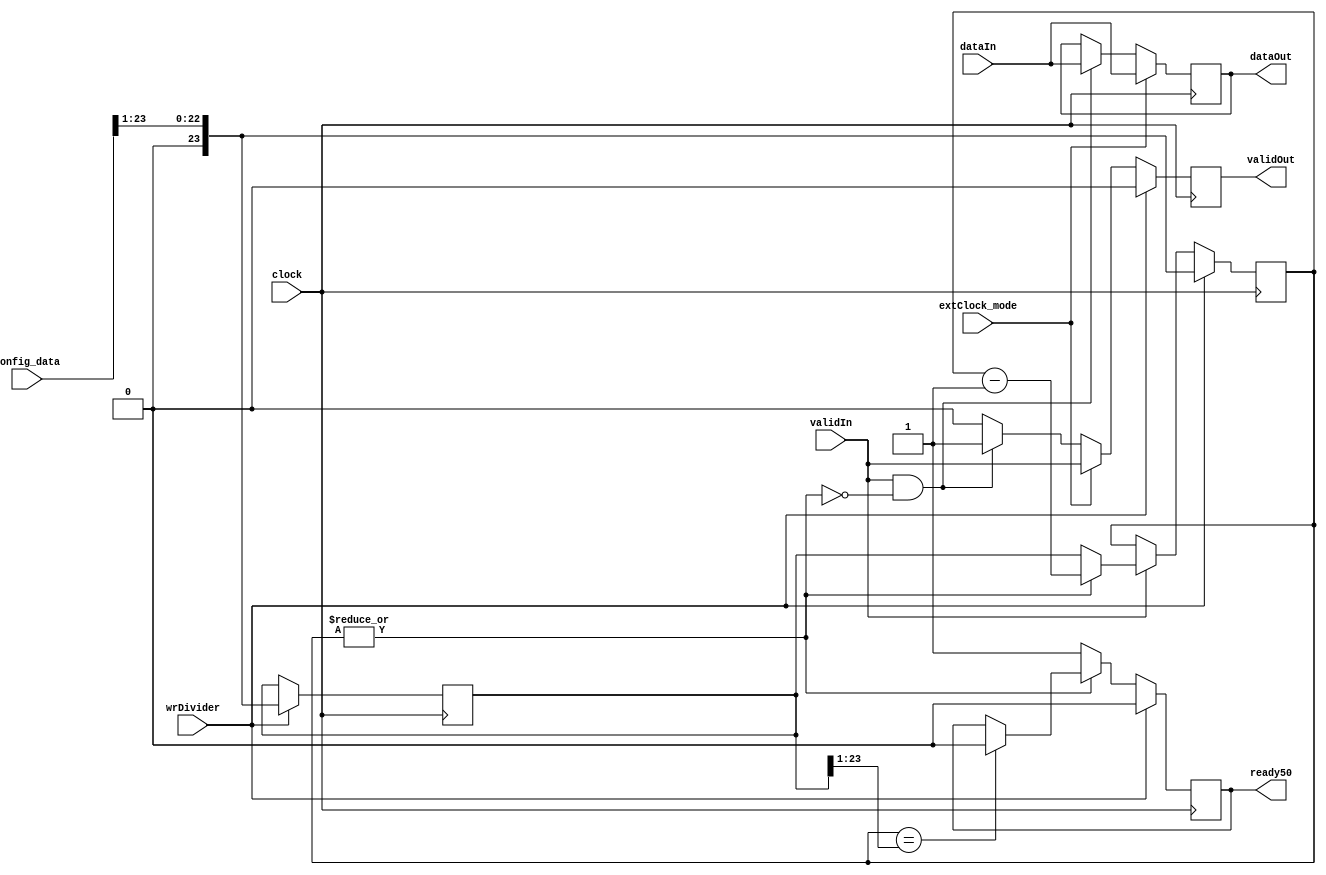
//--------------------------------------------------------------------------------
// sampler.vhd
//
// Copyright (C) 2006 Michael Poppitz
//
// This program is free software; you can redistribute it and/or modify
// it under the terms of the GNU General Public License as published by
// the Free Software Foundation; either version 2 of the License, or (at
// your option) any later version.
//
// This program is distributed in the hope that it will be useful, but
// WITHOUT ANY WARRANTY; without even the implied warranty of
// MERCHANTABILITY or FITNESS FOR A PARTICULAR PURPOSE. See the GNU
// General Public License for more details.
//
// You should have received a copy of the GNU General Public License along
// with this program; if not, write to the Free Software Foundation, Inc.,
// 51 Franklin St, Fifth Floor, Boston, MA 02110, USA
//
//--------------------------------------------------------------------------------
//
// Details: http://www.sump.org/projects/analyzer/
//
// Produces samples from input applying a programmable divider to the clock.
// Sampling rate can be calculated by:
//
//     r = f / (d + 1)
//
// Where r is the sampling rate, f is the clock frequency and d is the value
// programmed into the divider register.
//
// As of version 0.6 sampling on an extClock_mode clock is also supported. If extclock_mode
// is set '1', the extClock_mode clock will be used to sample data. (Divider is
// ignored for this.)
//
//--------------------------------------------------------------------------------
//
// 12/29/2010 - Verilog Version + cleanups created by Ian Davis (IED) - mygizmos.org
//

`timescale 1ns/100ps

module sampler (
  clock, extClock_mode,
  wrDivider, config_data,
  validIn, dataIn,
  // outputs
  validOut, dataOut, ready50);

input clock;                    // internal clock
input extClock_mode;            // clock selection
input wrDivider;                // write divider register
input [23:0] config_data;       // configuration data
input validIn;                  // dataIn is valid
input [31:0] dataIn;            // 32 input channels
output validOut;                // new sample ready
output [31:0] dataOut;          // sampled data
output ready50;

parameter TRUE = 1'b1;
parameter FALSE = 1'b0;


//
// Registers...
//
reg validOut, next_validOut;
reg [31:0] dataOut, next_dataOut;
reg ready50, next_ready50; // low rate sample signal with 50% duty cycle

reg [23:0] divider, next_divider;
reg [23:0] counter, next_counter;       // Made counter decrementing.  Better synth.
wire counter_zero = ~|counter;


//
// Generate slow sample reference...
//
initial
begin
  divider = 0;
  counter = 0;
  validOut = 0;
  dataOut = 0;
end
always @ (posedge clock)
begin
  divider = next_divider;
  counter = next_counter;
  validOut = next_validOut;
  dataOut = next_dataOut;
end

always @*
begin
  #1;
  next_divider = divider;
  next_counter = counter;
  next_validOut = FALSE;
  next_dataOut = dataOut;

  if (extClock_mode)
    begin
      next_validOut = validIn;
      next_dataOut = dataIn;
    end
  else if (validIn && counter_zero)
    begin
      next_validOut = TRUE;
      next_dataOut = dataIn;
    end

  //
  // Manage counter divider for internal clock sampling mode...
  //
  if (wrDivider)
    begin
      next_divider = { 1'b0, config_data[23:1]}; // Half the divider to correct for 50MHz clock rather than 100MHz
      next_counter = next_divider;
      next_validOut = FALSE; // reset
    end
  else if (validIn)
    if (counter_zero)
      next_counter = divider;
    else next_counter = counter-1'b1;
end


//
// Generate ready50 50% duty cycle sample signal...
//
always @(posedge clock)
begin
  ready50 = next_ready50;
end

always @*
begin
  #1;
  next_ready50 = ready50;
  if (wrDivider)
    next_ready50 = FALSE; // reset
  else if (counter_zero)
    next_ready50 = TRUE;
  else if (counter == divider[23:1])
    next_ready50 = FALSE;
end
endmodule